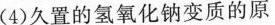
(4)久置的氢氧化钠变质的原